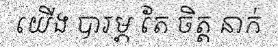
យើង បារម្ភ តែ ចិត្ត នាក់